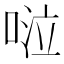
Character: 𠴹